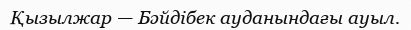
Қызылжар — Бәйдібек ауданындағы ауыл.